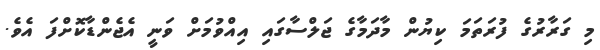
މި ގަރާރުގެ ފުރަތަމަ ކިޔުން މާދަމާގެ ޖަލްސާގައި އިއްވުމަށް ވަނީ އެޖެންޑާކޮށްފަ އެވެ.